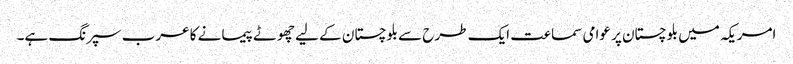
امریکہ میں بلوچستان پر عوامی سماعت ایک طرح سے بلوچستان کے لیے چھوٹے پیمانے کا عرب سپرنگ ہے۔